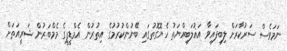
ނަމަވެސް ސަރުކާރަށް ލިބިފައިވާ އަޣުލަބިއްޔަތު ހެޔޮގޮތުގައި ބޭނުންކުރުމުގެ އިތުރުން އެމްޑީޕީގެ މެމްބަރުން ޝަރީއަތަށް